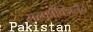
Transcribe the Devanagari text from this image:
सल्फॉक्जिलेट